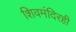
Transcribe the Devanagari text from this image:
शिवमंदिरही